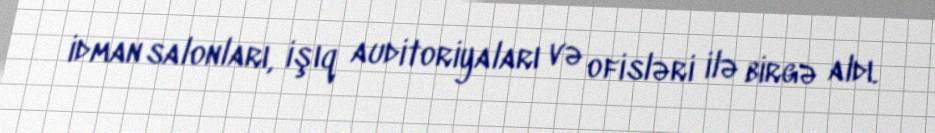
idman salonları, işıq auditoriyaları və ofisləri ilə birgə aldı.